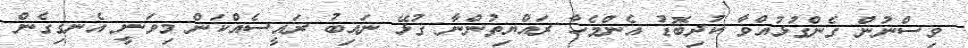
ވިސްނުން ގެންގުޅުއްވާ ކުދިބޮޑު އެންމެހާ ރައްޔިތުންނާ ގުޅޭ ނައިބު ރައީސެއްކަން މިވަނީ އެނގިގެން